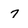
Character: 7